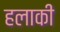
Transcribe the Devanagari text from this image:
हलाकी